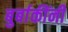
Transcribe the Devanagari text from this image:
बुर्बाकींनी